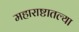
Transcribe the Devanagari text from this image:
महाराष्टातल्या